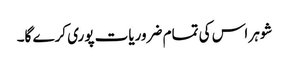
شوہر اس کی تمام ضروریات پوری کرے گا۔